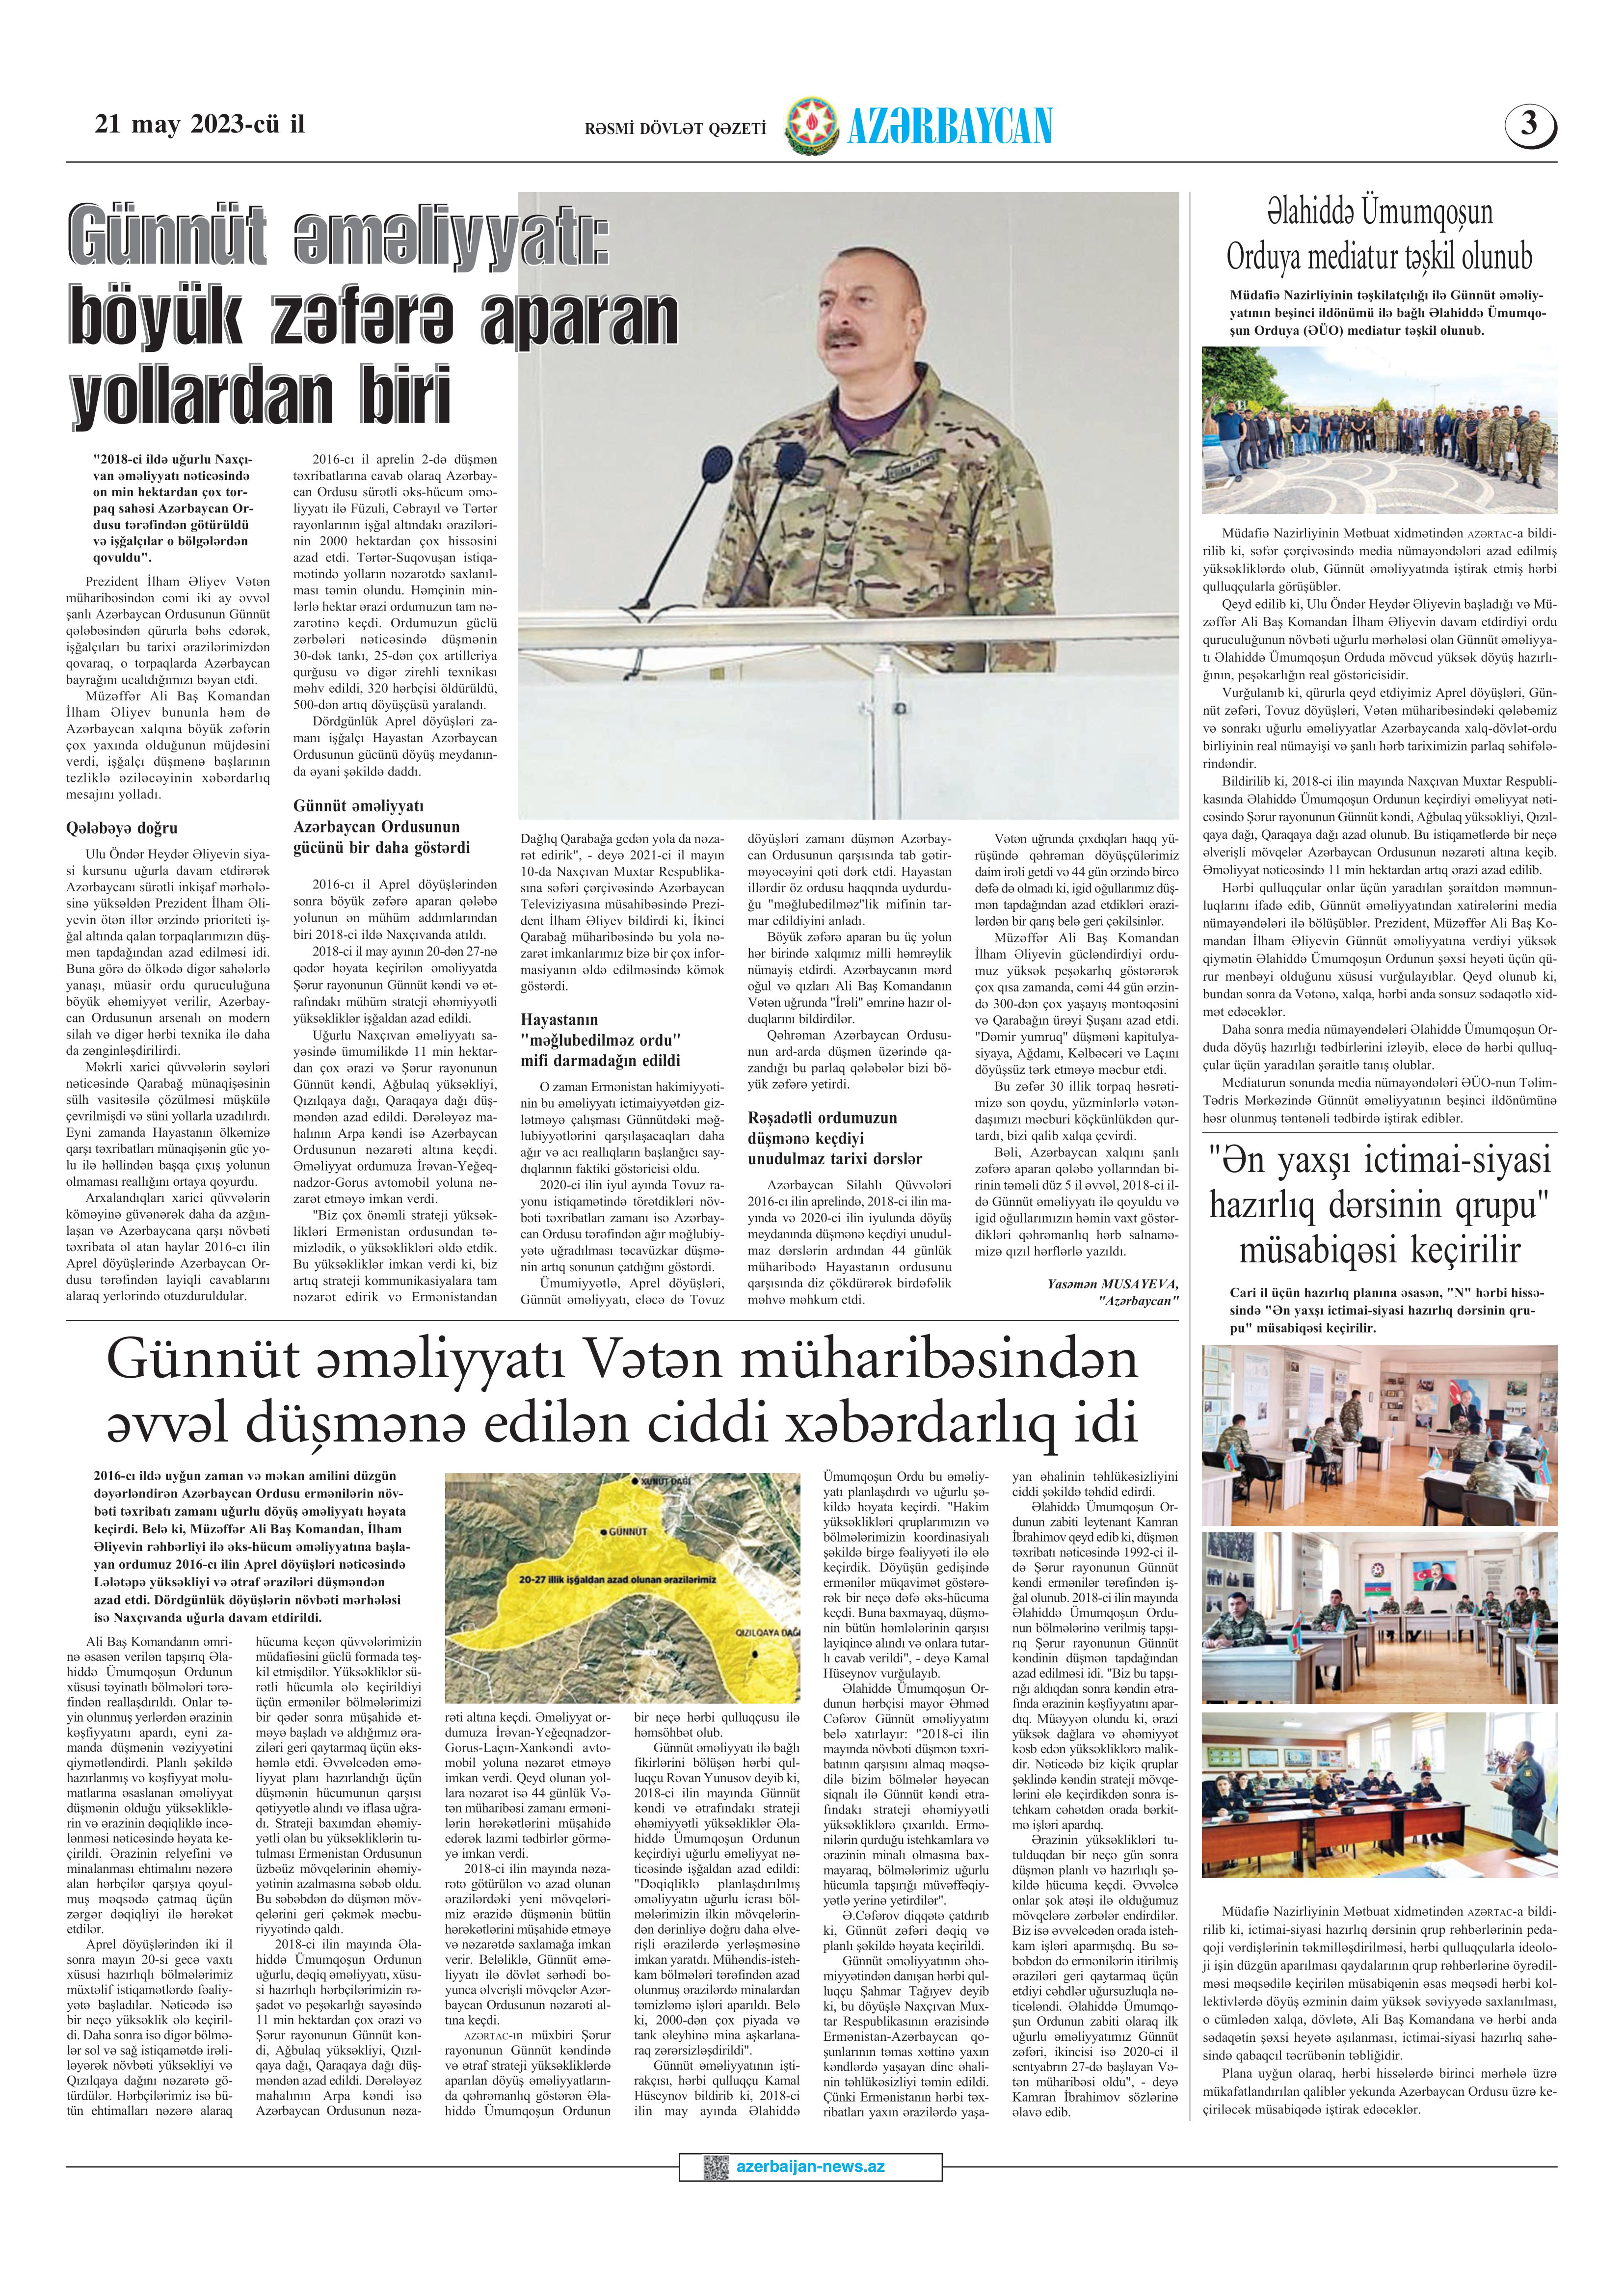
Language: az